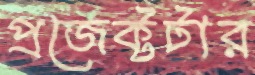
প্রজেক্টটার